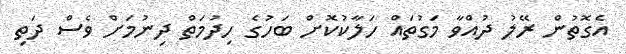
އެގޮތުން ރޭލު ދުއްވާ މަގުތައް ހަލާކުކޮށް ބަހުގެ ހިދުމަތް ދިނުމަށް ވެސް ދަތި